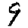
Digit: 9